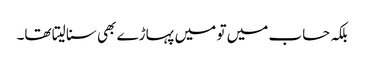
بلکہ حساب میں تو میں پہاڑے بھی سنا لیتا تھا۔